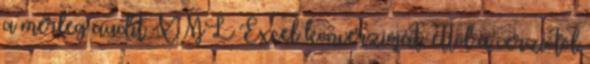
a mérleg audit XML Excel konverzióját, ettől a verziótól